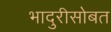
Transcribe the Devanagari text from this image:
भादुरीसोबत